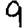
Digit: 9